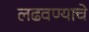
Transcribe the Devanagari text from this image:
लढवण्याचे